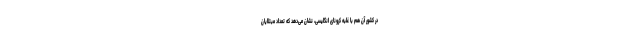
در کشور آن هم با غلبه کرونای انگلیسی، نشان می‌دهد که تعداد مبتلایان